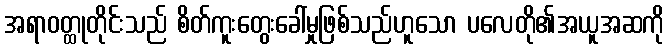
အရာဝတ္ထုတိုင်းသည် စိတ်ကူးတွေးခေါ်မှုဖြစ်သည်ဟူသော ပလေတို၏အယူအဆကို